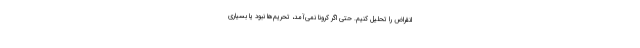
انقراض را تحلیل کنیم. حتی اگر کرونا نمی‌آمد، تحریم‌ها نبود یا بسیاری